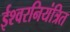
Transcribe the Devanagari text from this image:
ईश्वरनियंत्रित